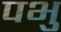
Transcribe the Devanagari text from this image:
पभु